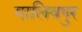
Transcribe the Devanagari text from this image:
गालिवपुर